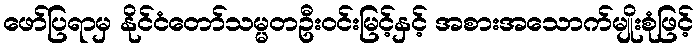
ဖော်ပြရာမှ နိုင်ငံတော်သမ္မတဦးဝင်းမြင့်နှင့် အစားအသောက်မျိုးစုံဖြင့်